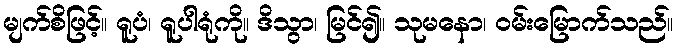
မျက်စိဖြင့်။ ရူပံ၊ ရူပါရုံကို။ ဒိသွာ၊ မြင်၍။ သုမနော၊ ဝမ်းမြောက်သည်။